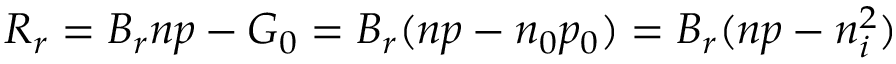
R _ { r } = B _ { r } n p - G _ { 0 } = B _ { r } ( n p - n _ { 0 } p _ { 0 } ) = B _ { r } ( n p - n _ { i } ^ { 2 } )